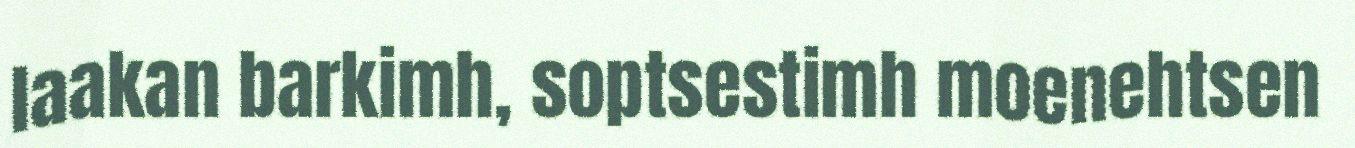
laakan barkimh, soptsestimh moenehtsen